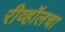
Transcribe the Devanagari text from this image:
रीव्हॉलचा